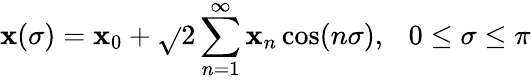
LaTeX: \mathbf{x}(\sigma)=\mathbf{x}_{0}+\sqrt{}{{2}}\sum_{n=1}^{\infty}\mathbf{x}_{n}\cos(n\sigma),~~~0\leq\sigma\leq\pi